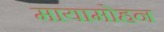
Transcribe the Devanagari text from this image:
मायामोहन